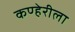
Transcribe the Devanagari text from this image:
कण्हेरीला